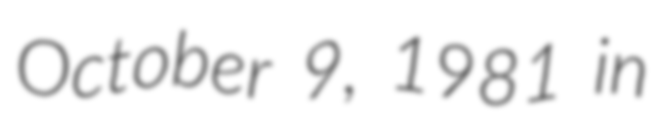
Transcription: October 9, 1981 in